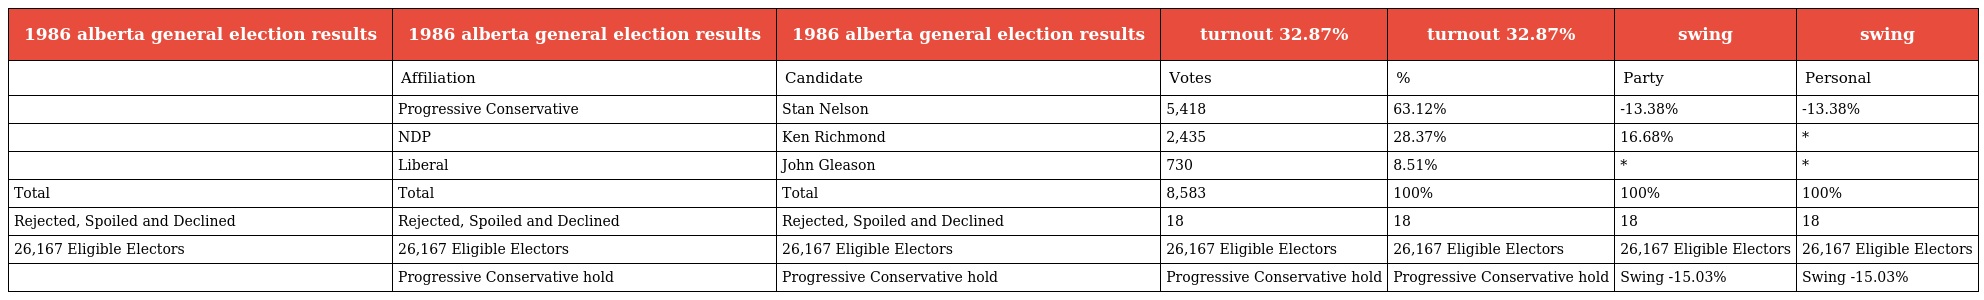
| 1986 alberta general election results | 1986 alberta general election results | 1986 alberta general election results | turnout 32.87% | turnout 32.87% | swing | swing |
 | --- | --- | --- | --- | --- | --- | --- |
 |  | Affiliation | Candidate | Votes | % | Party | Personal |
 |  | Progressive Conservative | Stan Nelson | 5,418 | 63.12% | -13.38% | -13.38% |
 |  | NDP | Ken Richmond | 2,435 | 28.37% | 16.68% | * |
 |  | Liberal | John Gleason | 730 | 8.51% | * | * |
 | Total | Total | Total | 8,583 | 100% | 100% | 100% |
 | Rejected, Spoiled and Declined | Rejected, Spoiled and Declined | Rejected, Spoiled and Declined | 18 | 18 | 18 | 18 |
 | 26,167 Eligible Electors | 26,167 Eligible Electors | 26,167 Eligible Electors | 26,167 Eligible Electors | 26,167 Eligible Electors | 26,167 Eligible Electors | 26,167 Eligible Electors |
 |  | Progressive Conservative hold | Progressive Conservative hold | Progressive Conservative hold | Progressive Conservative hold | Swing -15.03% | Swing -15.03% |